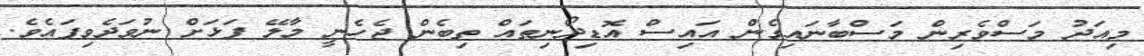
މިއަދު މަސްވެރިން މަސްބާނައިގެން އައިސް އޮޑިދޯނިތައް ތިބެން ޖެހެނީ މާލޭ ފަޅަށް ނުވަދެވިފައެވެ.